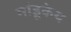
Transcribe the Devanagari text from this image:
मांडूकेय